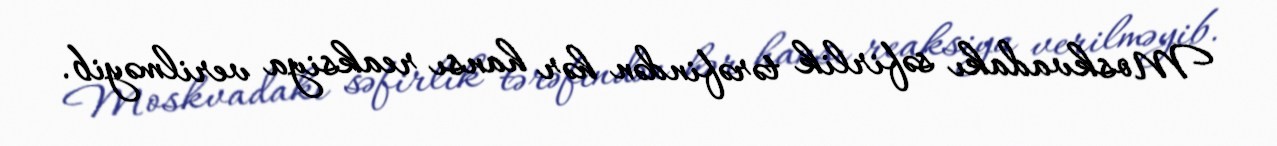
Moskvadakı səfirlik tərəfindən hər hansı reaksiya verilməyib.